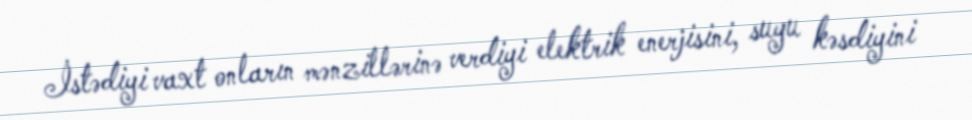
İstədiyi vaxt onların mənzillərinə verdiyi elektrik enerjisini, suyu kəsdiyini